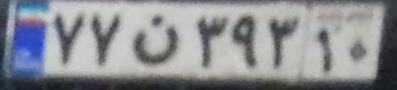
۷۷ن۳۹۳۱۰